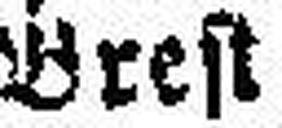
Brest